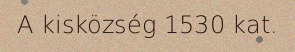
A kisközség 1530 kat.